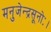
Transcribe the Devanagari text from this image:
मनुजेन्द्रसूनोः।